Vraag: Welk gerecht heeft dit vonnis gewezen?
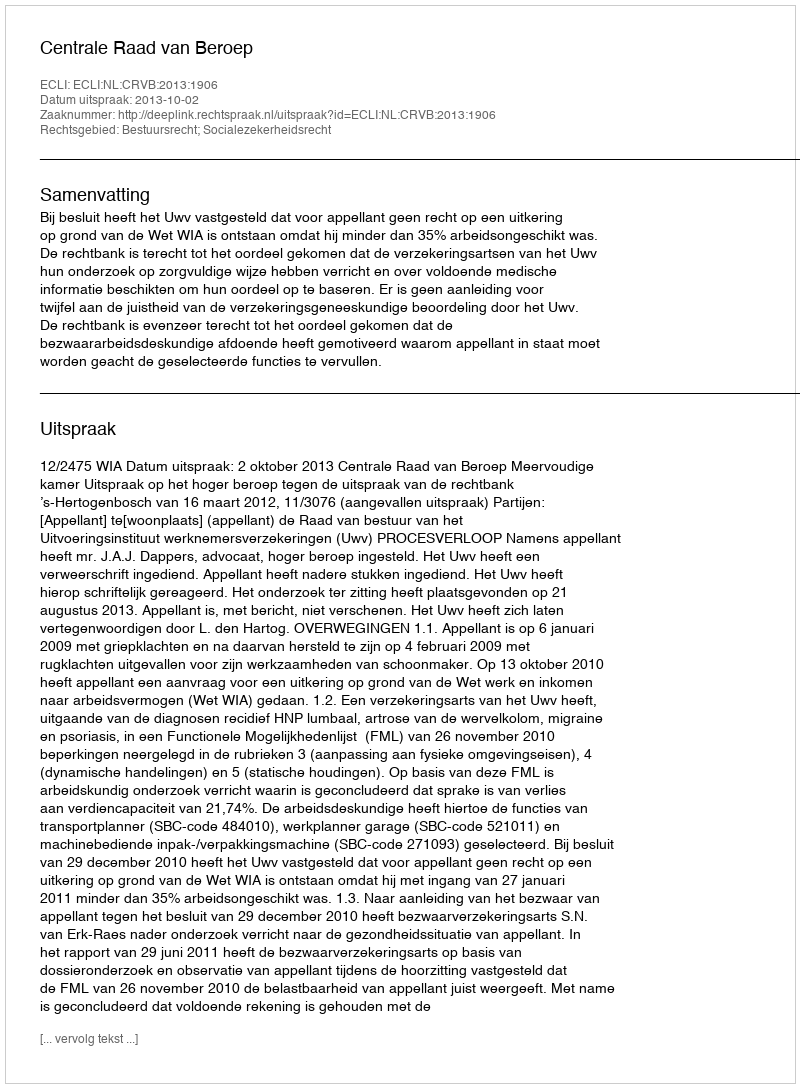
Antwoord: Centrale Raad van Beroep